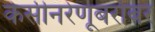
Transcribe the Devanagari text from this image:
केसीनरेणूबरोबर